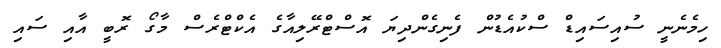
ހިމެނެނީ ސުއިސައިޑް ސްކުއެޑުން ފެނިގެންދިޔަ އޮސްޓްރޭލިއާގެ އެކްޓްރެސް މާގޯ ރޮބީ އާއި ސައި